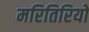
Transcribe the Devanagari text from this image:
मरितिरियो